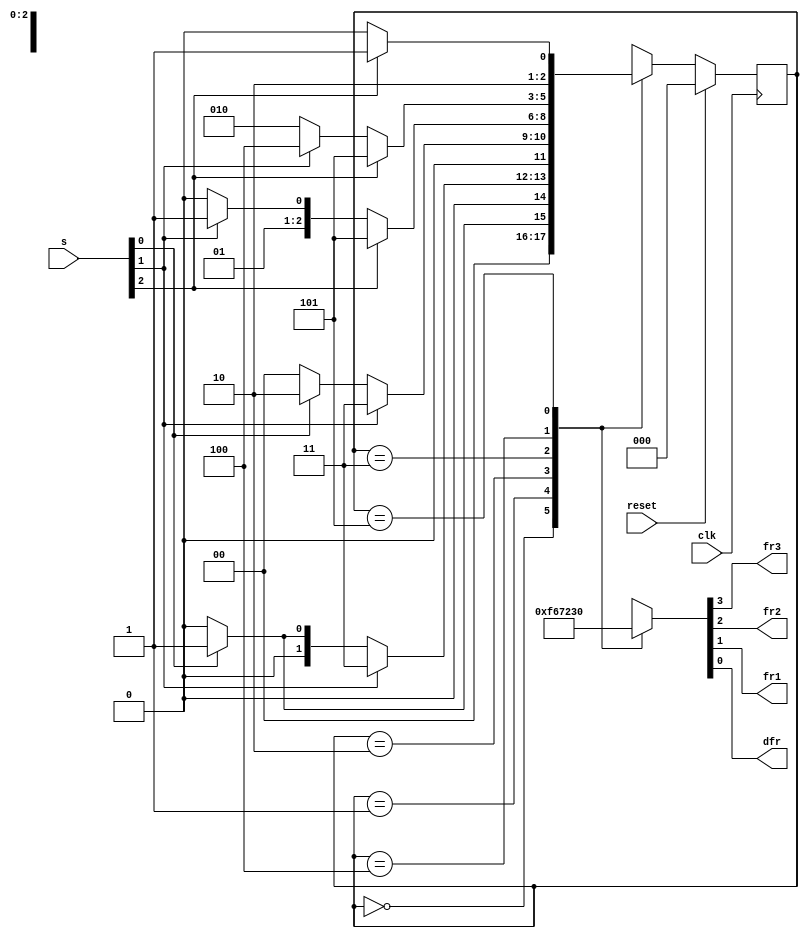
module top_module (
    input clk,
    input reset,
    input [3:1] s,
    output fr3,
    output fr2,
    output fr1,
    output dfr
); 
    parameter A2 = 3'd0, B1 = 3'd1, B2 = 3'd2, C1 = 3'd3, C2 = 3'd4, D1 = 3'd5;
    reg [2:0] state, next;

    always @(posedge clk) begin
        if (reset) begin
            state <= A2;
        end
        else begin
            state <= next;
        end
    end

    always @(*) begin
        case (state)
            A2: next = s[1] ? B1 : A2;
            B1: next = s[2] ? C1 : (s[1] ? B1 : A2);
            B2: next = s[2] ? C1 : (s[1] ? B2 : A2);
            C1: next = s[3] ? D1 : (s[2] ? C1 : B2);
            C2: next = s[3] ? D1 : (s[2] ? C2 : B2);
            D1: next = s[3] ? D1 : C2;
            default: next = 3'bxxx;
        endcase
    end

    always @(*) begin
        case (state)
            A2: {fr3, fr2, fr1, dfr} = 4'b1111;
            B1: {fr3, fr2, fr1, dfr} = 4'b0110;
            B2: {fr3, fr2, fr1, dfr} = 4'b0111;
            C1: {fr3, fr2, fr1, dfr} = 4'b0010;
            C2: {fr3, fr2, fr1, dfr} = 4'b0011;
            D1: {fr3, fr2, fr1, dfr} = 4'b0000;
            default: {fr3, fr2, fr1, dfr} = 4'bxxxx;
        endcase
    end

endmodule